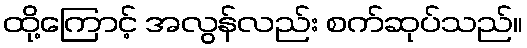
ထို့ကြောင့် အလွန်လည်း စက်ဆုပ်သည်။